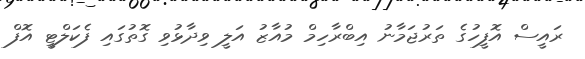
ރައީސް އޮފީހުގެ ތަރުޖަމާނު އިބްރާހިމް މުއާޒު އަލީ ވިދާޅުވި ގޮތުގައި ފެކަލްޓީ އޮފް